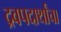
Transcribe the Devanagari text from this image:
द्रवपदार्थांचा